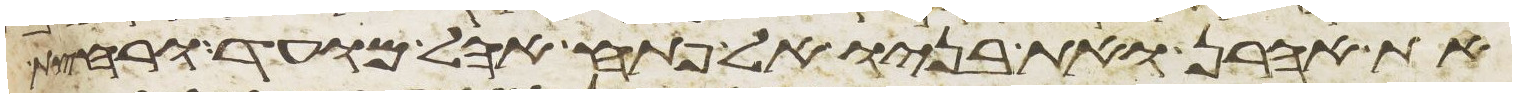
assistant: את אהרן ואת בניו אל פתח אהל מועד ורחצת